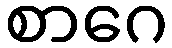
စာဂေ